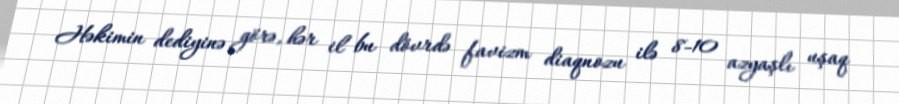
Həkimin dediyinə görə, hər il bu dövrdə favizm diaqnozu ilə 8-10 azyaşlı uşaq